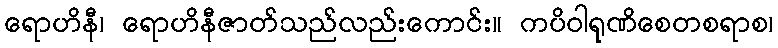
ရောဟိနီ၊ ရောဟိနီဇာတ်သည်လည်းကောင်း။ ကပိဝါရုဏိစေတစရာစ၊